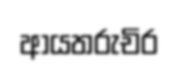
ආයතරුචිර